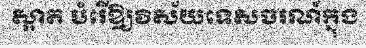
ស្អាត បំរើឱ្យវិស័យទេសចរណ៍ក្នុង